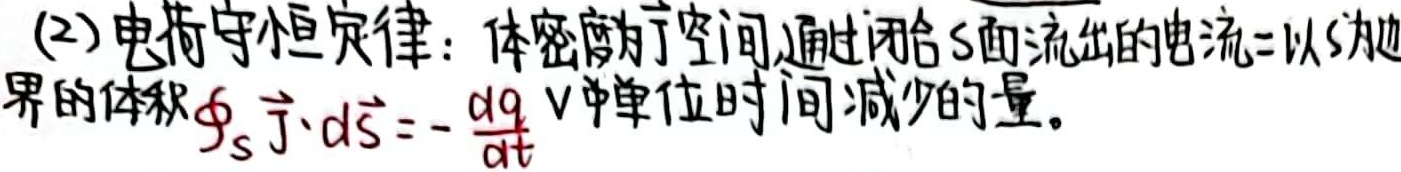
电荷守恒定律：在体密度为$\vec{J}$的空间，通过闭合$S$面流出的电流等于以$S$为边界的体积$V$中单位时间减少的电荷量，即
\[\oint_{S} \vec{J}\cdot d\vec{S}=-\frac{dq}{dt}\]